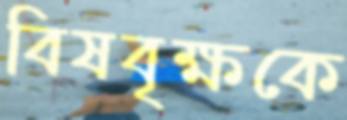
বিষবৃক্ষকে